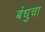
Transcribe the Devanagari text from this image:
बंधुचा